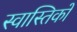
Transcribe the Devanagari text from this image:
स्वास्तिकों